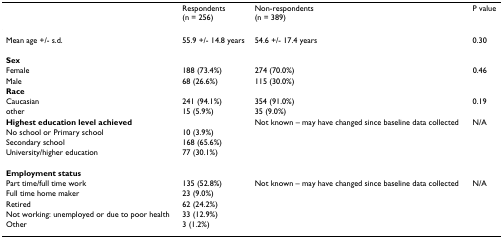
<table><thead><tr><td></td><td><b>Respondents(n = 256)</b></td><td><b>Non-respondents(n = 389)</b></td><td><b>P value</b></td></tr></thead><tbody><tr><td>Mean age +/- s.d.</td><td>55.9 +/- 14.8 years</td><td>54.6 +/- 17.4 years</td><td>0.30</td></tr><tr><td><b>Sex</b></td><td></td><td></td><td></td></tr><tr><td>Female</td><td>188 (73.4%)</td><td>274 (70.0%)</td><td>0.46</td></tr><tr><td>Male</td><td>68 (26.6%)</td><td>115 (30.0%)</td><td></td></tr><tr><td><b>Race</b></td><td></td><td></td><td></td></tr><tr><td>Caucasian</td><td>241 (94.1%)</td><td>354 (91.0%)</td><td>0.19</td></tr><tr><td>other</td><td>15 (5.9%)</td><td>35 (9.0%)</td><td></td></tr><tr><td><b>Highest education level achieved</b></td><td></td><td>Not known – may have changed since baseline data collected</td><td>N/A</td></tr><tr><td>No school or Primary school</td><td>10 (3.9%)</td><td></td><td></td></tr><tr><td>Secondary school</td><td>168 (65.6%)</td><td></td><td></td></tr><tr><td>University/higher education</td><td>77 (30.1%)</td><td></td><td></td></tr><tr><td><b>Employment status</b></td><td></td><td></td><td></td></tr><tr><td>Part time/full time work</td><td>135 (52.8%)</td><td>Not known – may have changed since baseline data collected</td><td>N/A</td></tr><tr><td>Full time home maker</td><td>23 (9.0%)</td><td></td><td></td></tr><tr><td>Retired</td><td>62 (24.2%)</td><td></td><td></td></tr><tr><td>Not working: unemployed or due to poor health</td><td>33 (12.9%)</td><td></td><td></td></tr><tr><td>Other</td><td>3 (1.2%)</td><td></td><td></td></tr></tbody></table>